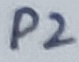
Text: P2